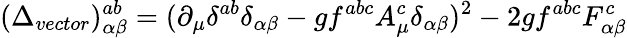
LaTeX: (\Delta_{vector})_{\alpha\beta}^{ab}=(\partial_{\mu}\delta^{ab}\delta_{\alpha\beta}-gf^{abc}A_{\mu}^{c}\delta_{\alpha\beta})^{2}-2gf^{abc}F_{\alpha\beta}^{c}